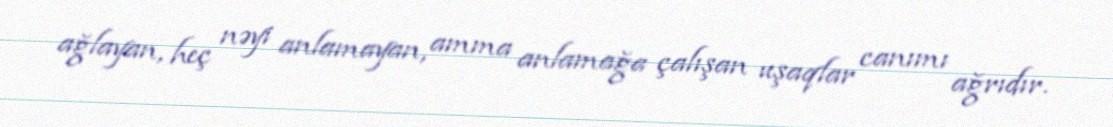
ağlayan, heç nəyi anlamayan, amma anlamağa çalışan uşaqlar canımı ağrıdır.